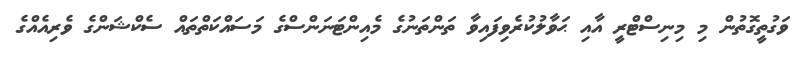
ވަގުތީގޮތުން މި މިނިސްޓްރީ އާއި ޙަވާލުކުރެވިފައިވާ ތަންތަނުގެ މެއިންޓަނަންސްގެ މަސައްކަތްތައް ސެކްޝަންގެ ވެރިއެއްގެ